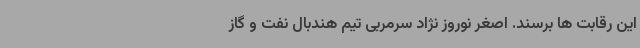
این رقابت ها برسند. اصغر نوروز نژاد سرمربی تیم هندبال نفت ‌و گاز